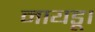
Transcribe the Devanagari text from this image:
नायडू।